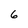
Character: 6